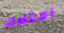
امتلاك